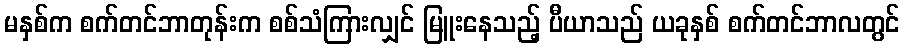
မနှစ်က စက်တင်ဘာတုန်းက စစ်သံကြားလျှင် မြူးနေသည့် ပီယာသည် ယခုနှစ် စက်တင်ဘာလတွင်